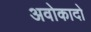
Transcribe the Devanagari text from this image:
अवोकादो